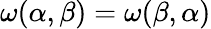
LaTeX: \omega(\alpha,\beta)=\omega(\beta,\alpha)